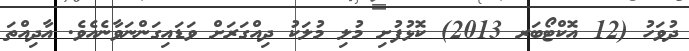
ދުވަހު (12 އޮކްޓޯބަރ 2013) ކޮޅުފުށި މުލި މުލަކު ދިއްގަރަށް ވަޑައިގަންނަވާނެއެވެ. އާދިއްތަ